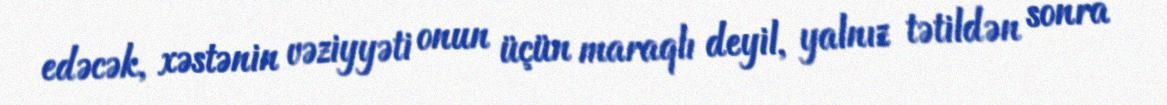
edəcək, xəstənin vəziyyəti onun üçün maraqlı deyil, yalnız tətildən sonra